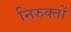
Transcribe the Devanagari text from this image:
निरुक्तों